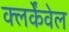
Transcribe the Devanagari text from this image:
क्लर्केंवेल